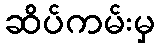
ဆိပ်ကမ်းမှ